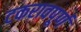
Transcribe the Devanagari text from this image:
टकरावपूर्ण